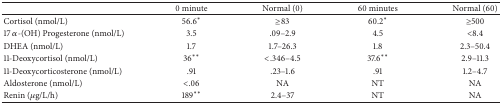
<table><thead><tr><td><b> </b></td><td><b>0 minute</b></td><td><b>Normal (0)</b></td><td><b>60 minutes</b></td><td><b>Normal (60)</b></td></tr></thead><tbody><tr><td>Cortisol (nmol/L)</td><td>56.6*</td><td>≥83</td><td>60.2*</td><td>≥500</td></tr><tr><td>17 <i>α</i>-(OH) Progesterone(nmol/L)</td><td>3.5</td><td>.09–2.9</td><td>4.5</td><td>&lt;8.4</td></tr><tr><td>DHEA (nmol/L)</td><td>1.7</td><td>1.7–26.3</td><td>1.8</td><td>2.3–50.4 </td></tr><tr><td>11-Deoxycortisol (nmol/L)</td><td>36**</td><td>&lt;.346–4.5</td><td>37.6**</td><td>2.9–11.3</td></tr><tr><td>11-Deoxycorticosterone (nmol/L)</td><td>.91</td><td>.23–1.6</td><td>.91</td><td>1.2–4.7</td></tr><tr><td>Aldosterone (nmol/L)</td><td>&lt;.06</td><td>NA</td><td>NT</td><td>NA</td></tr><tr><td>Renin (<i>μ</i>g/L/h) </td><td>189**</td><td>2.4–37</td><td>NT</td><td>NA</td></tr></tbody></table>